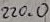
Text: 220.0